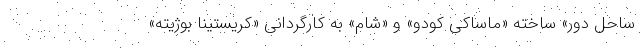
ساحل دور» ساخته «ماساکی کودو» و «شام» به کارگردانی «کریستینا بوژیته»